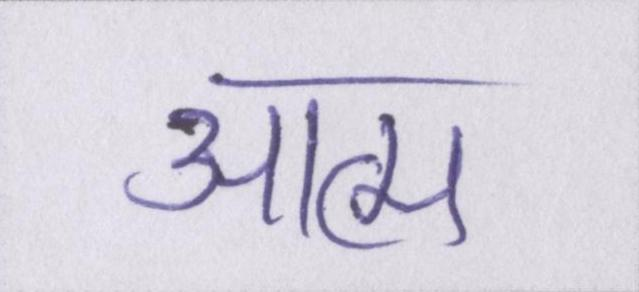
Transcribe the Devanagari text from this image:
आत्म